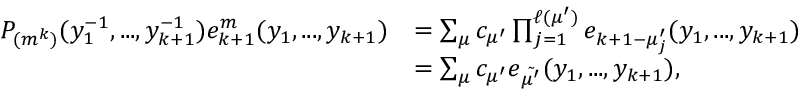
\begin{array} { r l } { P _ { ( m ^ { k } ) } ( y _ { 1 } ^ { - 1 } , . . . , y _ { k + 1 } ^ { - 1 } ) e _ { k + 1 } ^ { m } ( y _ { 1 } , . . . , y _ { k + 1 } ) } & { = \sum _ { \mu } c _ { \mu ^ { \prime } } \prod _ { j = 1 } ^ { \ell ( \mu ^ { \prime } ) } e _ { k + 1 - \mu _ { j } ^ { \prime } } ( y _ { 1 } , . . . , y _ { k + 1 } ) } \\ & { = \sum _ { \mu } c _ { \mu ^ { \prime } } e _ { \tilde { \mu ^ { \prime } } } ( y _ { 1 } , . . . , y _ { k + 1 } ) , } \end{array}